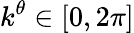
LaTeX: k^{\theta}\in[0,2\pi]